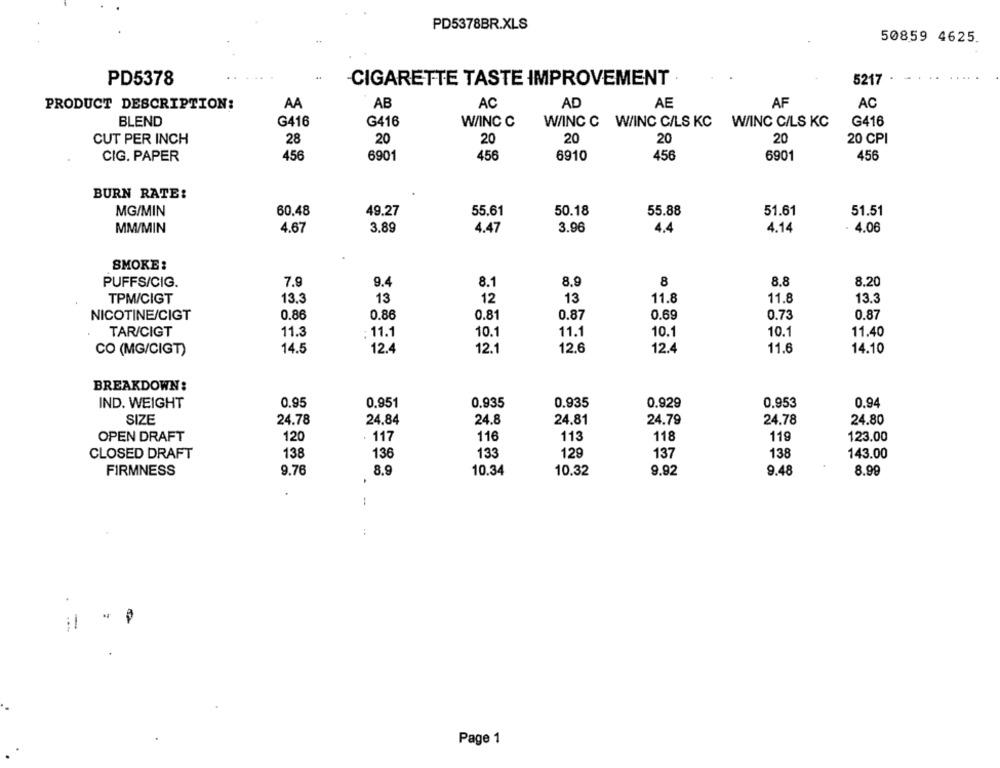
PD5378BR.XLS
50859 4625.
PD5378
CIGARETTE TASTE IMPROVEMENT
5217
PRODUCT DESCRIPTION:
AA
AB
AC
AD
AE
AF
AC
BLEND
G416
G416
W/INC C
WINC C WINC CILS KC WINC CILS KC
G416
20
20
CUT PER INCH
28
20
20
20
20 CPI
CIG. PAPER
456
6901
456
6910
456
6901
456
BURN RATE:
MG/MIN
60.48
49.27
55.61
50.18
55.88
51.61
51.51
MM/MIN
4.67
3.89
4.47
3.96
4.4
4.14
- 4.06
SMOKE:
PUFFS/CIG.
7.9
9.4
8.1
8,9
8
8.8
8.20
13.3
13
12
13
11.8
11.8
13.3
TPM/CIGT
NICOTINE/CIGT
0.86
0.86
0.81
0.87
0.69
0.73
0.87
TAR/CIGT
11.3
: 11.1
10.1
11.1
10.1
10.1
11.40
CO (MG/CIGT)
14.5
12.4
12.1
12,6
12.4
11.6
14.10
BREAKDOWN:
IND. WEIGHT
0.95
0.951
0.935
0.935
0.929
0.953
0.94
SIZE
24.78
24.84
24.8
24.81
24.79
24.78
24.80
OPEN DRAFT
120
117
116
113
118
119
123.00
138
133
129
137
138
CLOSED DRAFT
136
143.00
FIRMNESS
9.76
8.9
10.34
10.32
9.92
9.48
8.99
.
..
Page 1